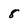
Character: 8